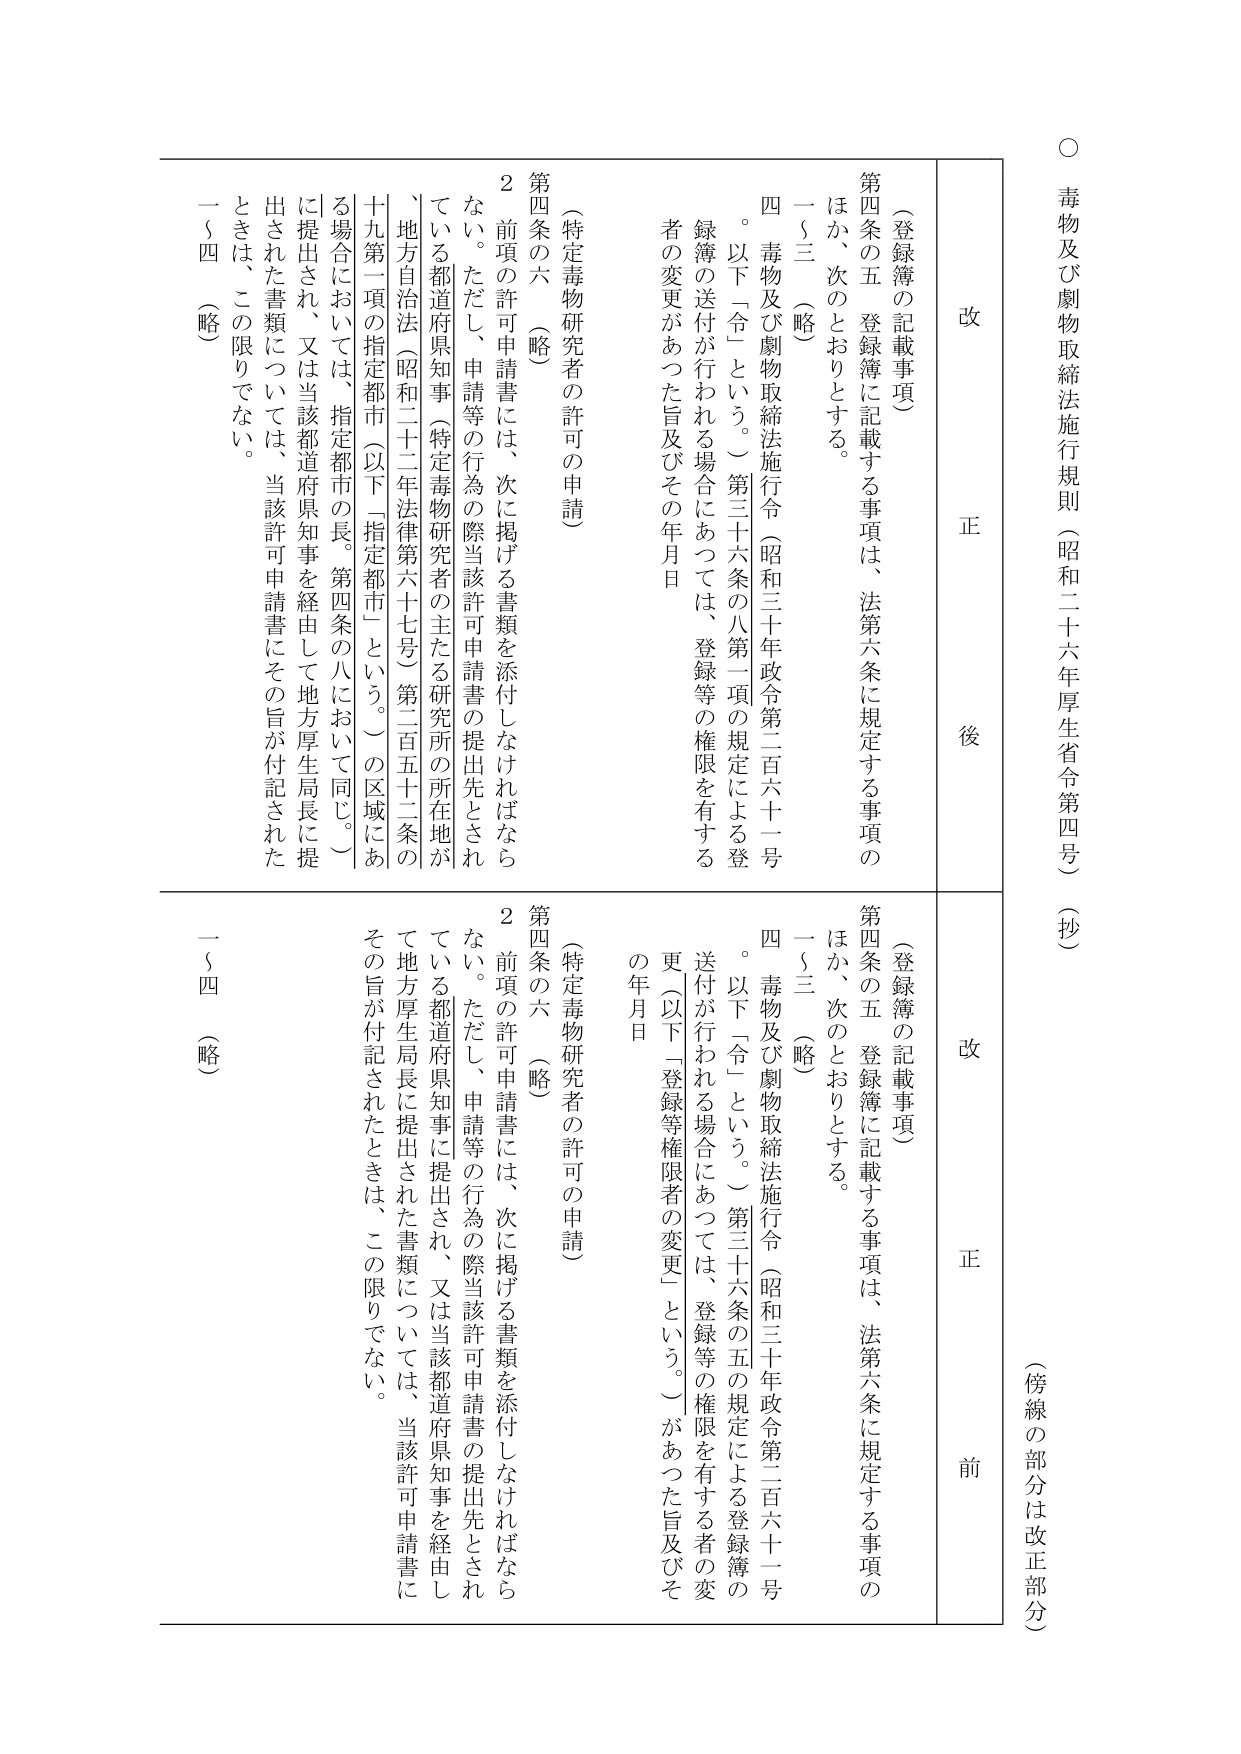
○ 毒物及び劇物取締法施行規則（昭和二十六年厚生省令第四号）（抄）

（傍線の部分は改正部分）

改 正 後

（登録簿の記載事項）

第四条の五 登録簿に記載する事項は、法第六条に規定する事項のほか、次のとおりとする。

一～三 （略）

四 毒物及び劇物取締法施行令（昭和三十年政令第二百六十一号。以下「令」という。）第三十六条の八第一項の規定による登録簿の送付が行われる場合にあつては、登録等の権限を有する者の変更があつた旨及びその年月日

（特定毒物研究者の許可の申請）

第四条の六 （略）

２ 前項の許可申請書には、次に掲げる書類を添付しなければならない。ただし、申請等の行為の際当該許可申請書の提出先とされている都道府県知事（特定毒物研究者の主たる研究所の所在地が、地方自治法（昭和二十二年法律第六十七号）第二百五十二条の十九第一項の指定都市（以下「指定都市」という。）の区域にある場合においては、指定都市の長。第四条の八において同じ。）に提出され、又は当該都道府県知事を経由して地方厚生局長に提出された書類については、当該許可申請書にその旨が付記されたときは、この限りでない。

一～四 （略）

改 正 前

（登録簿の記載事項）

第四条の五 登録簿に記載する事項は、法第六条に規定する事項のほか、次のとおりとする。

一～三 （略）

四 毒物及び劇物取締法施行令（昭和三十年政令第二百六十一号。以下「令」という。）第三十六条の五の規定による登録簿の送付が行われる場合にあつては、登録等の権限を有する者の変更（以下「登録等権限者の変更」という。）があつた旨及びその年月日

（特定毒物研究者の許可の申請）

第四条の六 （略）

２ 前項の許可申請書には、次に掲げる書類を添付しなければならない。ただし、申請等の行為の際当該許可申請書の提出先とされている都道府県知事に提出され、又は当該都道府県知事を経由して地方厚生局長に提出された書類については、当該許可申請書にその旨が付記されたときは、この限りでない。

一～四 （略）